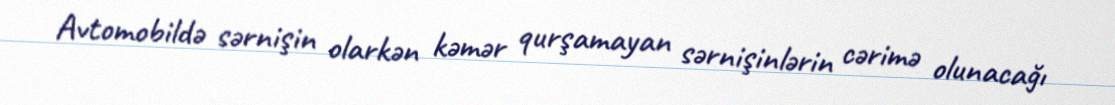
Avtomobildə sərnişin olarkən kəmər qurşamayan sərnişinlərin cərimə olunacağı